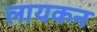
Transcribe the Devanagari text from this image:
लायकन